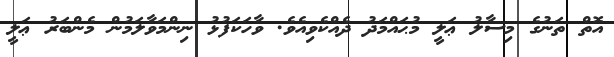
އޮތް ތަނުގެ މިސާލު ޢަލީ މުޙައްމަދު ދެއްކެވިއެވެ. ވާހަކަފުޅު ނިންމަވާލަމުން މެންބަރު ޢަލީ